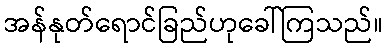
အန်နုတ်ရောင်ခြည်ဟုခေါ်ကြသည်။